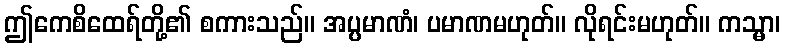
ဤကေစိထေရ်တို့၏ စကားသည်။ အပ္ပမာဏံ၊ ပမာဏမဟုတ်။ လိုရင်းမဟုတ်။ ကသ္မာ၊